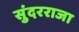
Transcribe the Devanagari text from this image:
सुंदरराजा